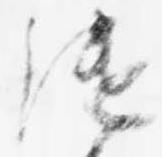
継